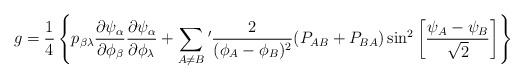
\begin{align*}g = {1 \over 4} \left\{p_{\beta \lambda}{\partial \psi_\alpha \over\partial \phi_\beta}{\partial \psi _\alpha \over \partial \phi _\lambda} + \sum _{A\not= B}{'} {2\over (\phi_A - \phi_B)^2}(P_{AB} + P_{BA}) \sin^2 \left[{\psi_A - \psi_B \over \sqrt 2} \right] \right\}\end{align*}